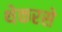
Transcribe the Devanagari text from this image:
थेकरसे